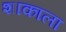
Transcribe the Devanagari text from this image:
शाकाला